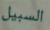
السبيل